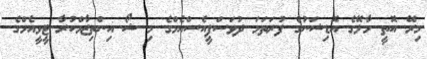
މިރޭ އޮތީ މާލޭގެ އޮޑިޝަނުގެ ފުރަތަމަ ދުވަސްޕީއެސްއެމްގެ މި ޝޯ އިންތިޒާމްކުރާ ޓީވީއެމްގެ